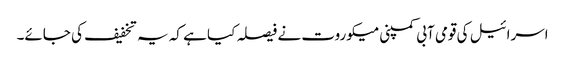
اسرائیل کی قومی آبی کمپنی میکوروت نے فیصلہ کیا ہے کہ یہ تخفیف کی جائے۔